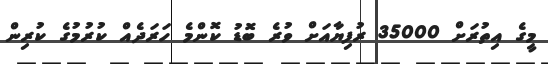
މީގެ އިތުރަށް 35000 ރުފިޔާއަށް ވުރެ ބޮޑު ކޮންމެ ހަރަދެއް ކުރުމުގެ ކުރިން